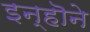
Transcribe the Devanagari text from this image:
इन्हॊने